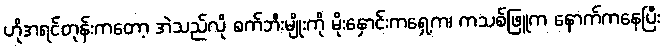
ဟိုအရင်တုန်းကတော့ အဲသည်လို စက်ဘီးမျိုးကို မိုးနှောင်းကရှေ့က၊ ကသစ်ဖြူက နောက်ကနေပြီး